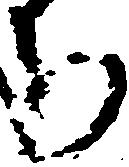
ち